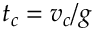
t _ { c } = v _ { c } / g